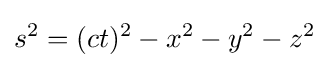
s^{2}=(ct)^{2}-x^{2}-y^{2}-z^{2}